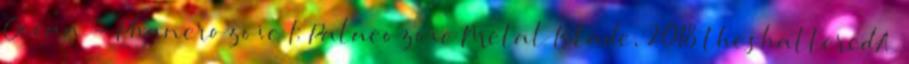
Ocean - Phanerozoic I: Palaeozoic Metal Blade, 2018 theshatteredA